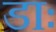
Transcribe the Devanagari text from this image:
डाः